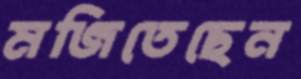
মজিতেছেন